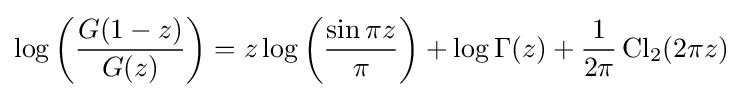
\log \left({\frac {G(1-z)}{G(z)}}\right)=z\log \left({\frac {\sin \pi z}{\pi }}\right)+\log \Gamma (z)+{\frac {1}{2\pi }}\operatorname {Cl} _{2}(2\pi z)